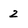
Character: 2